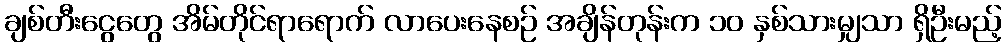
ချစ်တီးငွေတွေ အိမ်တိုင်ရာရောက် လာပေးနေစဉ် အချိန်တုန်းက ၁၀ နှစ်သားမျှသာ ရှိဦးမည့်